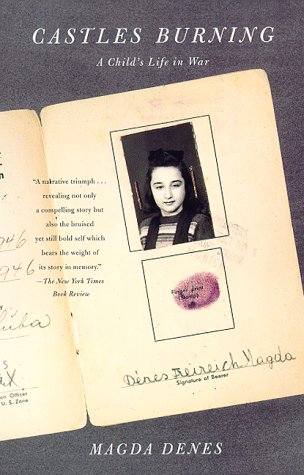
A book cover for Castles Burning: A Childs Life in War; Magda Denes; Biographies & Memoirs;